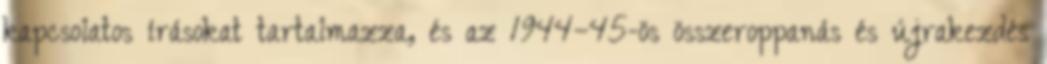
kapcsolatos írásokat tartalmazza, és az 1944–45-ös összeroppanás és újrakezdés